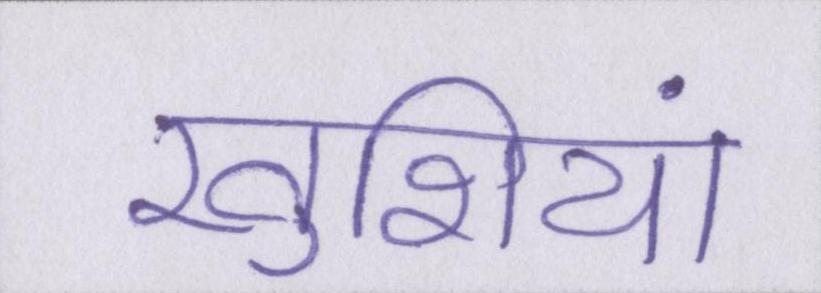
खुशियां